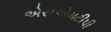
એસએમટીપી